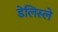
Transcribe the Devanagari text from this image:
डेलिस्ले